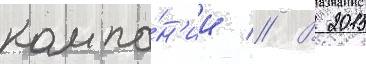
компа́н'ии // В 2015